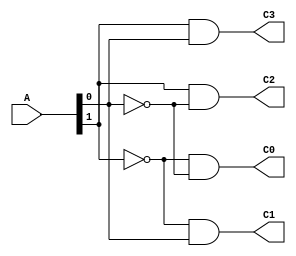


module decod(
input [1:0] A,
output C0,
output C1,
output C2,
output C3
);


//and U0(C0,~A[1],~A[0]);
//and U1(C1,~A[1],A[0]);
//and U2(C2,A[1],~A[0]);
//and U3(C3,A[1],A[0]);

assign C0=(~A[1]&~A[0]);
assign C1=(~A[1]& A[0]);
assign C2=( A[1]&~A[0]);
assign C3=( A[1]& A[0]);
  
endmodule